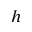
h